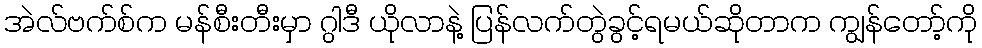
အဲလ်ဗက်စ်က မန်စီးတီးမှာ ဂွါဒီ ယိုလာနဲ့ ပြန်လက်တွဲခွင့်ရမယ်ဆိုတာက ကျွန်တော့်ကို